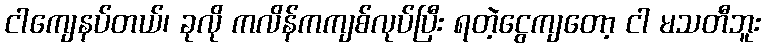
ငါကျေနပ်တယ်၊ ခုလို ကလိန်ကကျစ်လုပ်ပြီး ရတဲ့ငွေကျတော့ ငါ မသတီဘူး